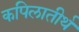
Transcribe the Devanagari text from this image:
कपिलातीर्थ